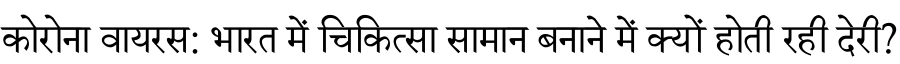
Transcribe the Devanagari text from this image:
कोरोना वायरस: भारत में चिकित्सा सामान बनाने में क्यों होती रही देरी?